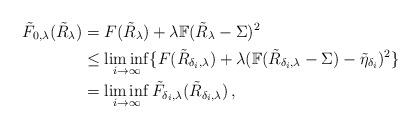
LaTeX: \begin{align*}\tilde F_{0,\lambda}(\tilde R_\lambda)&= F(\tilde R_{\lambda})+\lambda\mathbb{F}(\tilde R_{\lambda}-\Sigma)^{2}\\&\leq\liminf_{i\to\infty}\{F(\tilde R_{\delta_i,\lambda})+\lambda(\mathbb{F}(\tilde R_{\delta_i,\lambda}-\Sigma)-\tilde \eta_{\delta_i})^2\}\\&=\liminf_{i\to\infty} \tilde F_{\delta_i,\lambda}(\tilde R_{\delta_i,\lambda})\,,\end{align*}